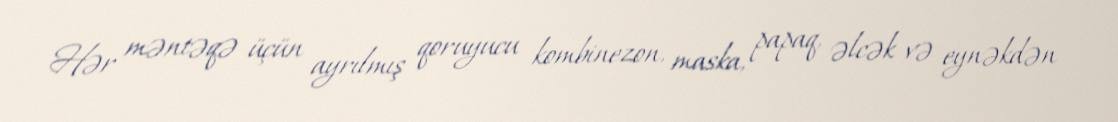
Hər məntəqə üçün ayrılmış qoruyucu kombinezon, maska, papaq, əlcək və eynəkdən